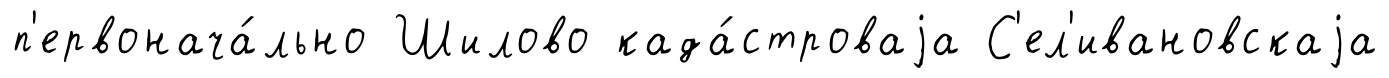
п'ервонача́льно Шилово када́строваjа С'ел'ивановскаjа